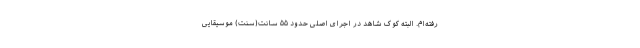
رفته‌ام. البتّه کوکِ شاهد در اجرای اصلی حدود ۵۵ سانت(سِنت) موسیقایی